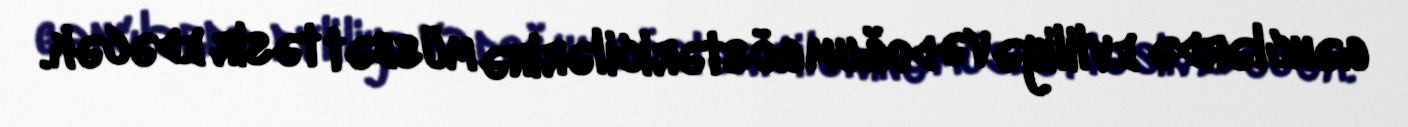
gənclərdə evliliyə və doğum göstəricilərinə müsbət təsir edəcək.